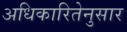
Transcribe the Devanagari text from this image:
अधिकारितेनुसार